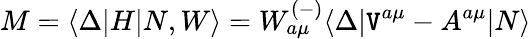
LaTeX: M=\langle\Delta|H|N,W\rangle=W_{a\mu}^{(-)}\langle\Delta|\mathtt{V}^{a\mu}-A^{a\mu}|N\rangle